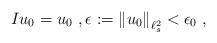
LaTeX: \begin{align*} Iu_0=u_0\ , \epsilon:=\left\|u_0\right\|_{\ell^2_s}<\epsilon_0\ ,\end{align*}